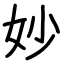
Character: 妙